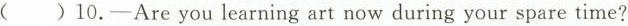
( )10.—Are you learning art now during your spare time?